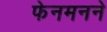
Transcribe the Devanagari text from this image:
फेनमनने